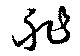
舴